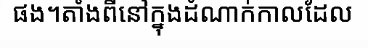
ផង។តាំងពីនៅក្នុងដំណាក់កាលដែល